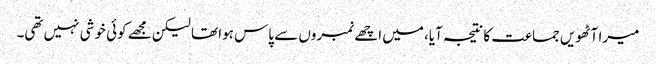
میرا آٹھویں جماعت کا نتیجہ آیا، میں اچھے نمبروں سے پاس ہوا تھا لیکن مجھے کوئی خوشی نہیں تھی۔